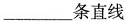
___条直线